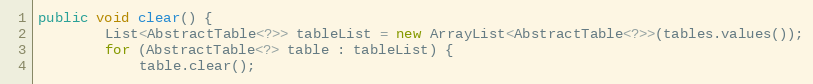
Language: Java
public void clear() {
		List<AbstractTable<?>> tableList = new ArrayList<AbstractTable<?>>(tables.values());
		for (AbstractTable<?> table : tableList) {
			table.clear();